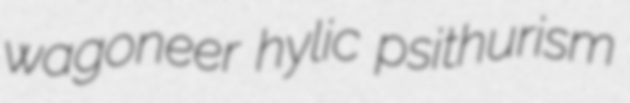
wagoneer hylic psithurism